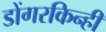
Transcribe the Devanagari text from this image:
डोंगरकिन्ही